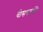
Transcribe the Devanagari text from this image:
वीसषटकी